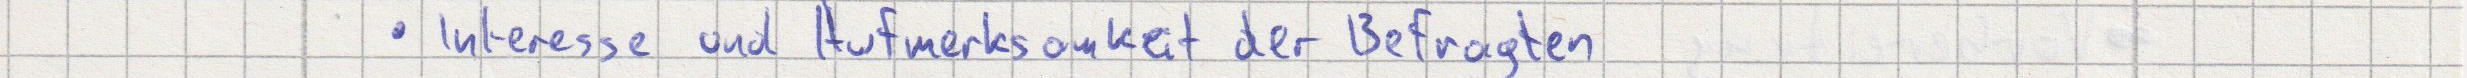
Interesse und Aufmerksamkeit der Befragten